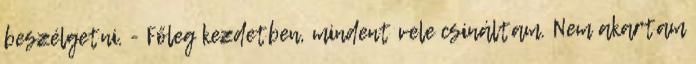
beszélgetni. - Főleg kezdetben, mindent vele csináltam. Nem akartam